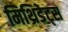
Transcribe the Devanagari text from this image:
मिथ्रिडेट्स